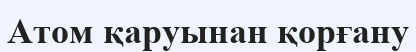
Атом қаруынан қорғану